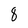
Character: 8